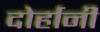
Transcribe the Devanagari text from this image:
दोर्हानी